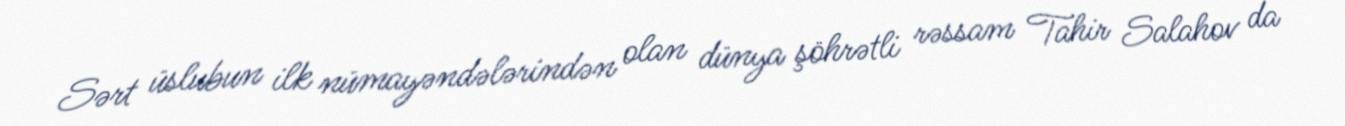
Sərt üslubun ilk nümayəndələrindən olan dünya şöhrətli rəssam Tahir Salahov da